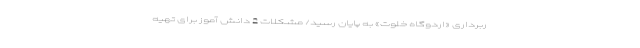
ربرداری «اردوگاه خلوت» به پایان رسید/ مشکلات 2 دانش آموز برای تهیه